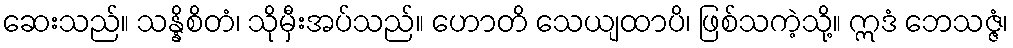
ဆေးသည်။ သန္နိစိတံ၊ သိုမှီးအပ်သည်။ ဟောတိ သေယျထာပိ၊ ဖြစ်သကဲ့သို့။ ဣဒံ ဘေသဇ္ဇံ၊